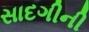
સાદગીની